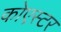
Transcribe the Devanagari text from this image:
कोएस्टर